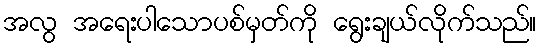
အလွ အရေးပါသောပစ်မှတ်ကို ရွေးချယ်လိုက်သည်။